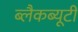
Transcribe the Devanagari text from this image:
ब्लैकब्यूटी